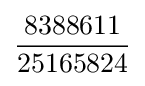
{\frac {8388611}{25165824}}